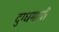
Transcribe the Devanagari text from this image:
दुग्धमापी